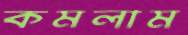
কমলাম